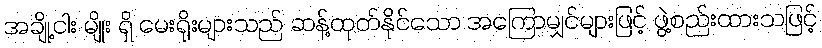
အချို့ငါး မျိုး ရှိ မေးရိုးများသည် ဆန့်ထုတ်နိုင်သော အကြောမျှင်များဖြင့် ဖွဲ့စည်းထားသဖြင့်